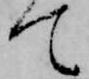
て